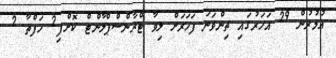
އުމުރުން 29 އަހަރުގައި ތިންވަނަ ފަހަރަށް ލިވާ ޓްރާންސްޕްލާންޓް ކޮށްފި2 ހަފްތާ 2